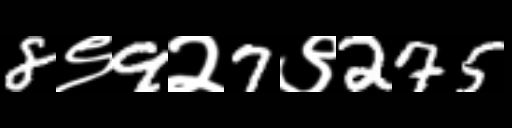
Text: 8९9२7९275